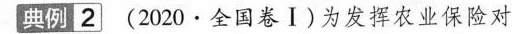
典例2(2020·全国卷Ⅰ)为发挥农业保险对